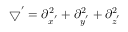
\bigtriangledown ^ { ' } = \partial _ { x ^ { ' } } ^ { 2 } + \partial _ { y ^ { ' } } ^ { 2 } + \partial _ { z ^ { ' } } ^ { 2 }